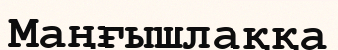
Маңғышлаққа